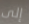
إلى